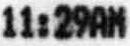
11:29AM